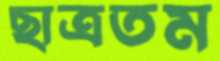
ছাত্রতম